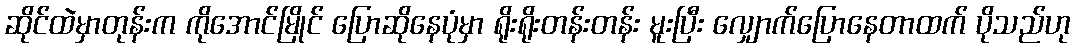
ဆိုင်ထဲမှာတုန်းက ကိုအောင်မြိုင် ပြောဆိုနေပုံမှာ ရိုးရိုးတန်းတန်း မူးပြီး လျှောက်ပြောနေတာထက် ပိုသည်ဟု